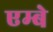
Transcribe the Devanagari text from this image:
एम्बे